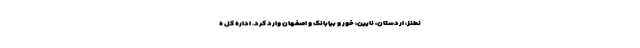
نطنز، اردستان، نایین، خور و بیابانک و اصفهان وارد کرد. اداره کل ه